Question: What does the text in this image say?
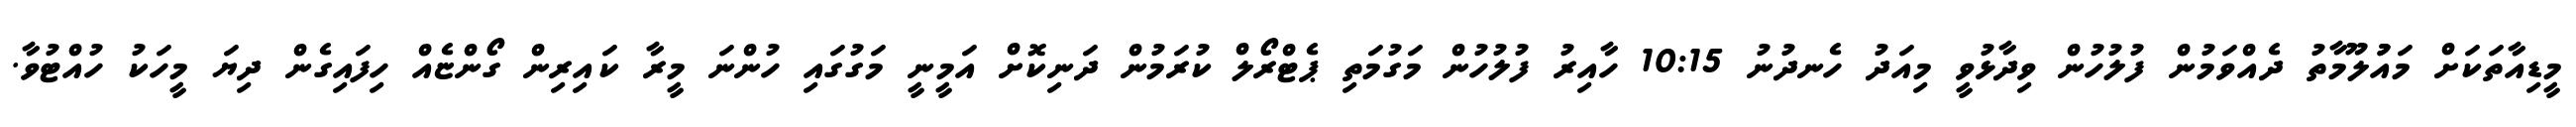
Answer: މީޑިއާތަކަށް މައުުލޫމާތު ދެއްވަމުން ފުލުހުން ވިދާޅުވީ މިއަދު ހެނދުނު 10:15 ހާއިރު ފުލުހުން މަގުމަތި ޕެޓްރޯލް ކުރަމުން ދަނިކޮށް އަމީނީ މަގުގައި ހުންނަ މީރާ ކައިރިން ގޯންޏެއް ހިފައިގެން ދިޔަ މީހަކު ހުއްޓުވާ.